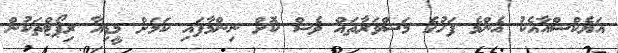
އަޔެކްސްއާއެކު އެންމެ ފަހުގެ މަސްވަރާތައް ވެސް ކޮށް ނިންމާފައި ކަމަށް މީޑިއާ ރިޕޯޓްތަކުން